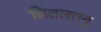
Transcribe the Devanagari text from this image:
शितलतनु